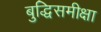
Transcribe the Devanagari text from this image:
बुद्धिसमीक्षा